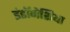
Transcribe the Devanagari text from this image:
इंडॉनेशिया